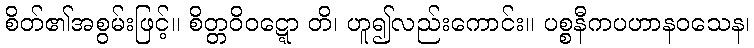
စိတ်၏အစွမ်းဖြင့်။ စိတ္တဝိဝဋ္ဋော တိ၊ ဟူ၍လည်းကောင်း။ ပစ္စနီကပဟာနဝသေန၊